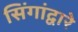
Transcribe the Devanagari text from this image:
सिंगांद्वारे